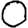
Digit: 0